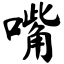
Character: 嘴